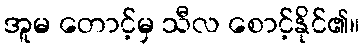
အူမ တောင့်မှ သီလ စောင့်နိုင်၏။